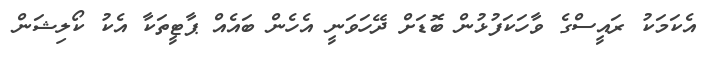
އެކަމަކު ރައީސްގެ ވާހަކަފުޅުން ބޮޑަށް ދޭހަވަނީ އެހެން ބައެއް ޕާޓީތަކާ އެކު ކޯލިޝަން